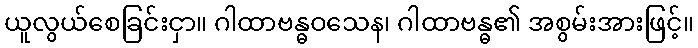
ယူလွယ်စေခြင်းငှာ။ ဂါထာဗန္ဓဝသေန၊ ဂါထာဗန္ဓ၏ အစွမ်းအားဖြင့်။